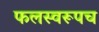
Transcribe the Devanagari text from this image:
फलस्वरूपच